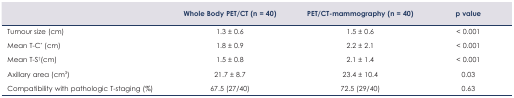
|  | Whole Body PET/CT (n = 40) | PET/CT-mammography (n = 40) | p value |
 | --- | --- | --- | --- |
 | Tumour size (cm) | 1.3 ± 0.6 | 1.5 ± 0.6 | < 0.001 |
 | Mean T-C* (cm) | 1.8 ± 0.9 | 2.2 ± 2.1 | < 0.001 |
 | Mean T-S†(cm) | 1.5 ± 0.8 | 2.1 ± 1.4 | < 0.001 |
 | Axillary area (cm3) | 21.7 ± 8.7 | 23.4 ± 10.4 | 0.03 |
 | Compatibility with pathologic T-staging (%) | 67.5 (27/40) | 72.5 (29/40) | 0.63 |